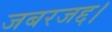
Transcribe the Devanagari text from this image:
जबरजद्द।